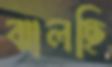
ঝালছি